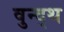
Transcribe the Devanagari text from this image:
वुन्द्थ